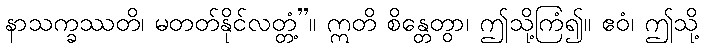
နာသက္ခဿတိ၊ မတတ်နိုင်လတ္တံ့”။ ဣတိ စိန္တေတွာ၊ ဤသို့ကြံ၍။ ဧဝံ၊ ဤသို့